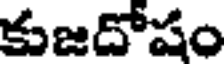
కుజదోషం